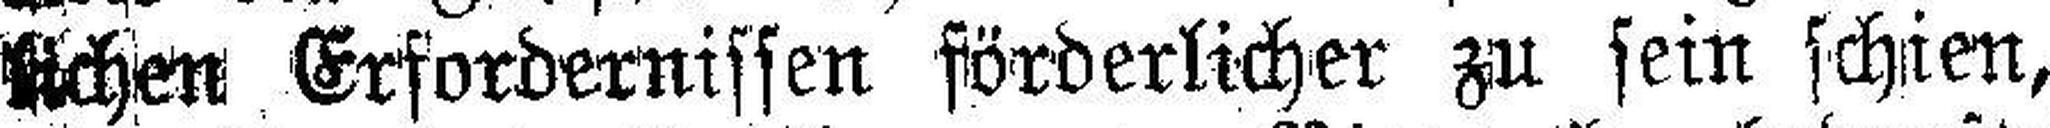
lichen Erfordernissen förderlicher zu sein schien,